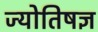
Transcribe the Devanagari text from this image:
ज्योतिषज्ञ